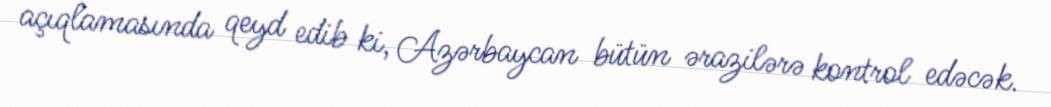
açıqlamasında qeyd edib ki, Azərbaycan bütün ərazilərə kontrol edəcək.